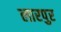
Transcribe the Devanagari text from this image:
लारपुर